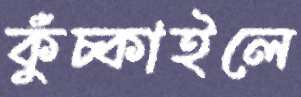
কুঁচ্‌কাইলে